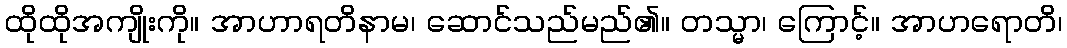
ထိုထိုအကျိုးကို။ အာဟာရတိနာမ၊ ဆောင်သည်မည်၏။ တသ္မာ၊ ကြောင့်။ အာဟရောတိ၊